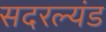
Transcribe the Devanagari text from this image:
सदरल्यंड